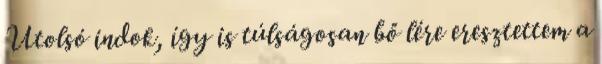
Utolsó indok, így is túlságosan bő lére eresztettem a